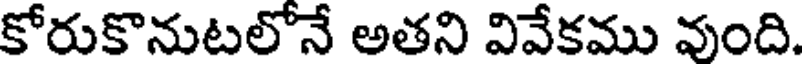
కోరుకొనుటలోనే అతని వివేకము వుంది.